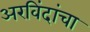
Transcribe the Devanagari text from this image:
अरविंदांचा